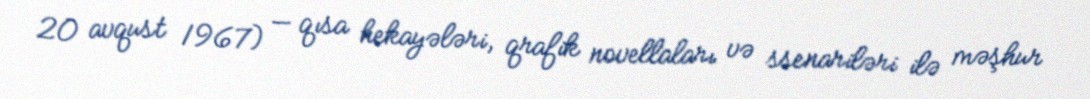
20 avqust 1967) — qısa hekayələri, qrafik novellaları və ssenariləri ilə məşhur